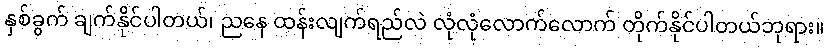
နှစ်ခွက် ချက်နိုင်ပါတယ်၊ ညနေ ထန်းလျက်ရည်လဲ လုံလုံလောက်လောက် တိုက်နိုင်ပါတယ်ဘုရား။